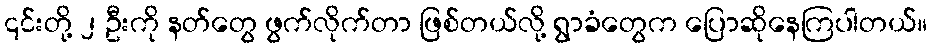
၎င်းတို့ ၂ ဦးကို နတ်တွေ ဖွက်လိုက်တာ ဖြစ်တယ်လို့ ရွာခံတွေက ပြောဆိုနေကြပါတယ်။